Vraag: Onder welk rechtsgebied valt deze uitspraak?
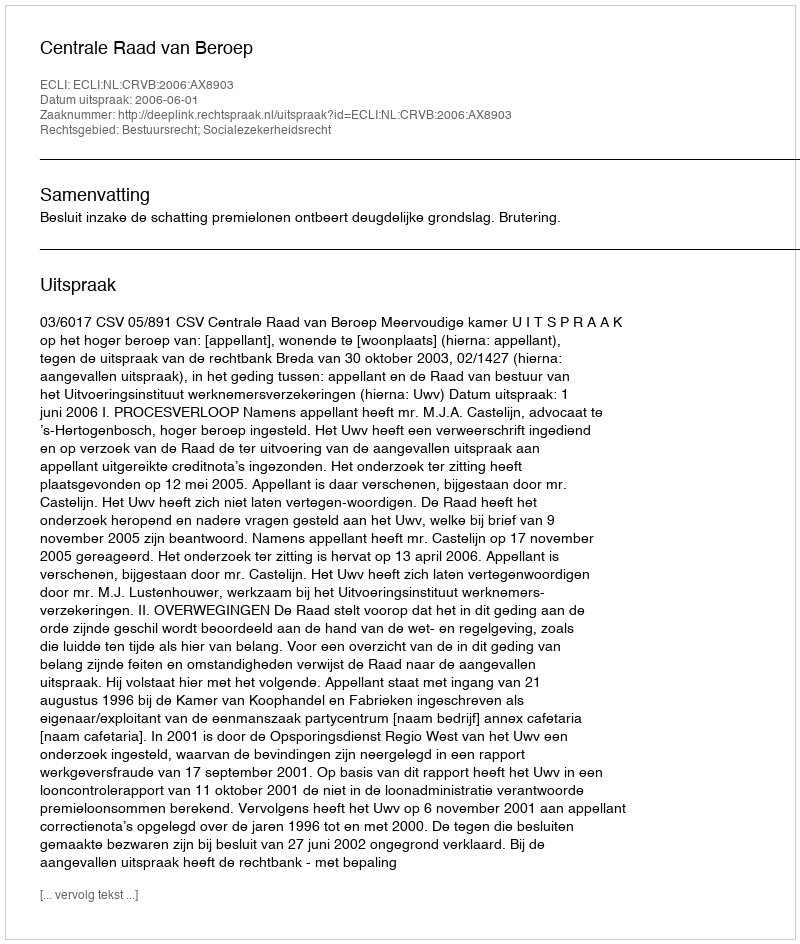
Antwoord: Bestuursrecht; Socialezekerheidsrecht